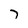
Character: 7